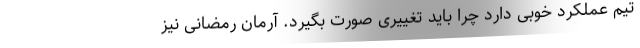
تیم عملکرد خوبی دارد چرا باید تغییری صورت بگیرد. آرمان رمضانی نیز